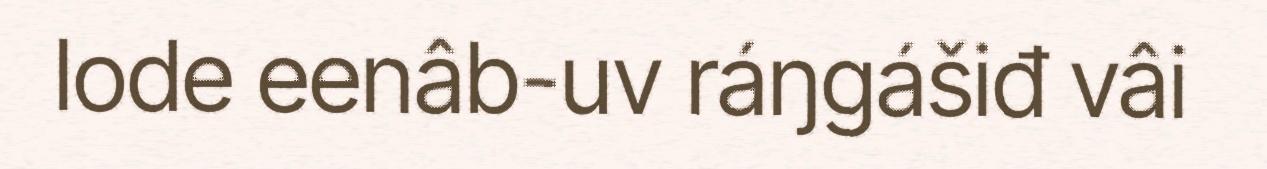
lode eenâb-uv ráŋgášiđ vâi